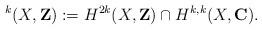
LaTeX: \begin{align*}^k(X,\mathbf{Z}):=H^{2k}(X,\mathbf{Z})\cap H^{k,k}(X,\mathbf{C}).\end{align*}